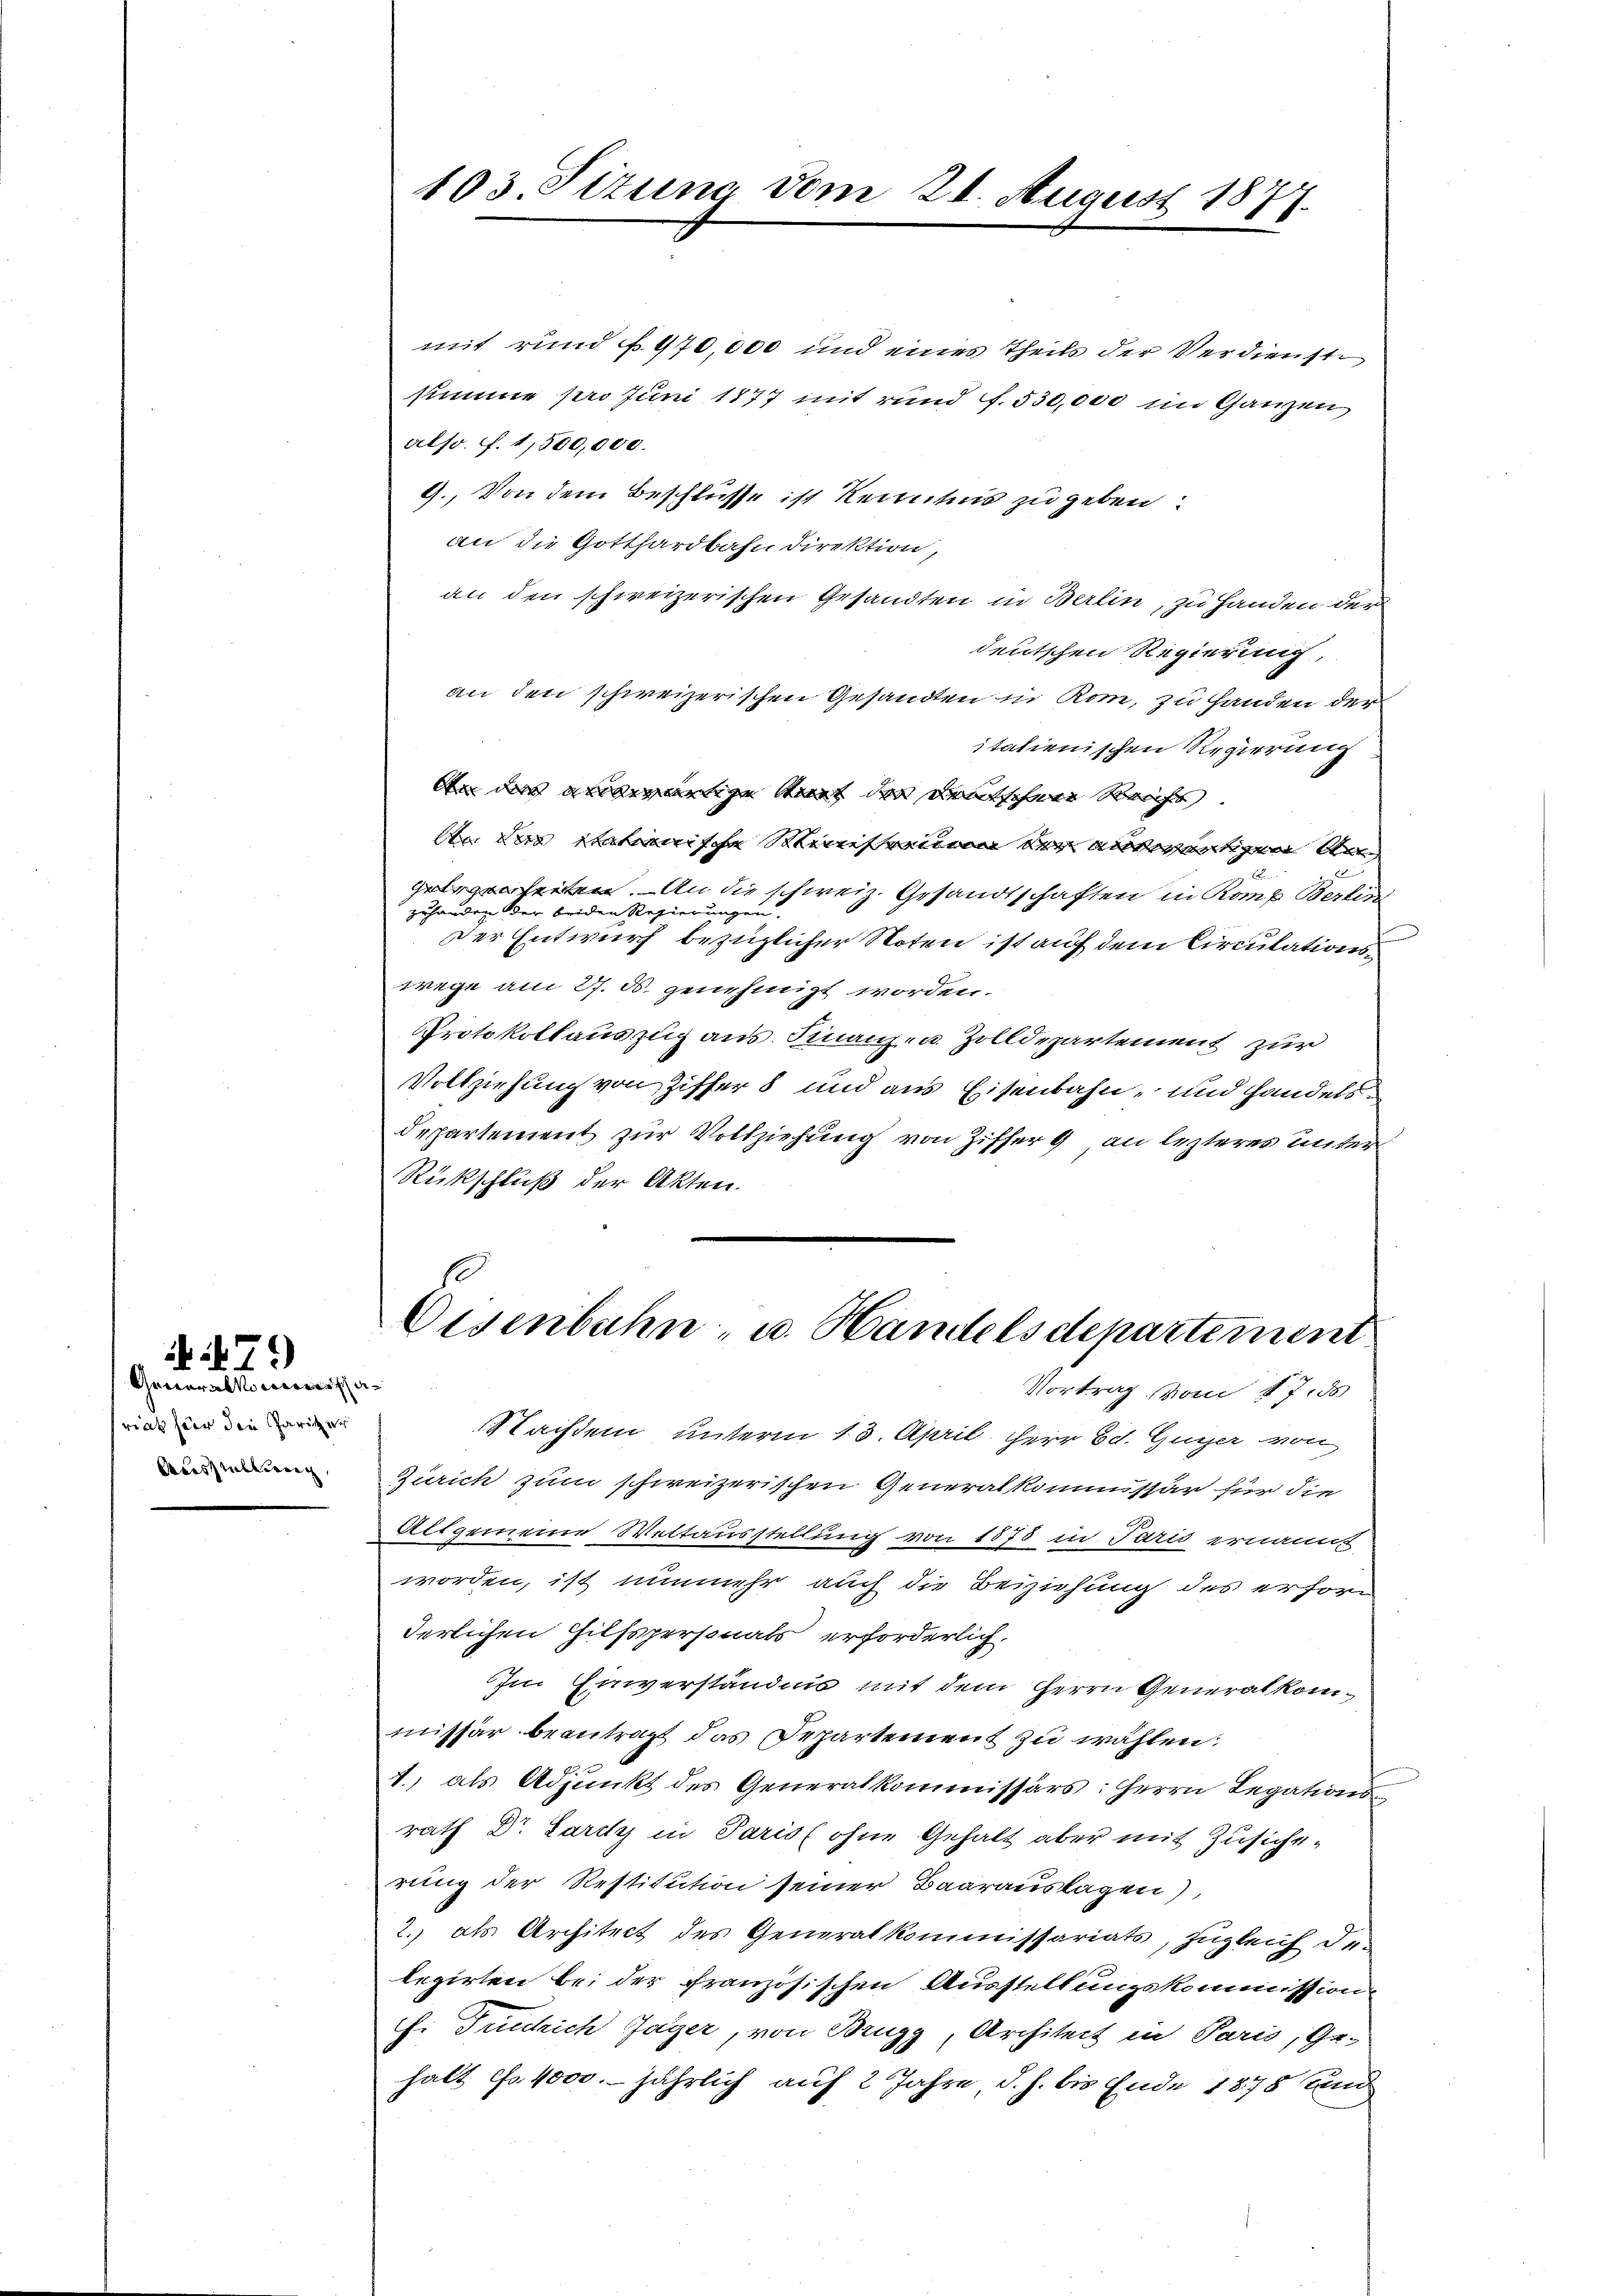
Generalisa-
riat hier die Pariter
Ausstellung,

79)

103. Situm vom 21. August 1877.

mit rund f. 470,000 und eines Theils der Verdienstr
summe pro Juni 1877 mit rund f. 530,000 im Ganzen
alsr. f. 1,500,000.
9. Von dem Beschlüsse ist Kenntnis zu geben:
an die Gotthardbahn Direktion,
an den schweizerischen Gesandten in Berlin, zu Handen der
deutschen Regierung,
an den schweizerischen Gesandten in Rom, zu Handen der
italienischen Regierung
An das anderartige Kauf der deutschen Reichs.
An der italienische Steinstreinen der entwertigen Ar
gelegenheiten. An die schweiz. Gesandtschaften in Komp Berlin
zuhanden der beiden Regierungen.
Der Entwurf bezüglicher Noten ist auf dem Circulations
wege am 27. d. genehmigt worden.
Protokollauszug aus. Finanz- u. Zolldepartement zur
Vollziehung von Ziffer 8 und aus Eisenbahn- und handels
departement zur Vollziehung von Ziffer 9 an lezteres unter
Rückschluß der Akten.

Eisenbahn u. Handelsdepartement

Vortrag vom 17. ds
achdem unterm 13. April. Herr Ed. Guyer von
Zürich zum schweizerischen Generalkommissär für die
Altgemeine Weltausstellung von 1875 in Paris ernannt
worden, ist nunmehr auch die Beiziehung des erhöre
derlichen Hilfspersonals erforderlich.
Im Einverständnis mit dem Herrn Generalkommissär beantragt das Departement zu wählen.
1., als Adjunkt des Generalkommissärs: Herrn Legationsrath Dr. Sarity in Paris ohne Gehalt aber mit Zusicherung der Restitution seiner Baarauslagen),
2. als Architect des Generalkommissariats, Zugleich de-
legirten bei der französischen Ausstellungskommission
fi Tuechlich Jäger, von Brugg, Architeit in Paris, Ge-
halt Fr. 4000. jährlich auf 2 Jahre, d. h. bis Ende 1878 und